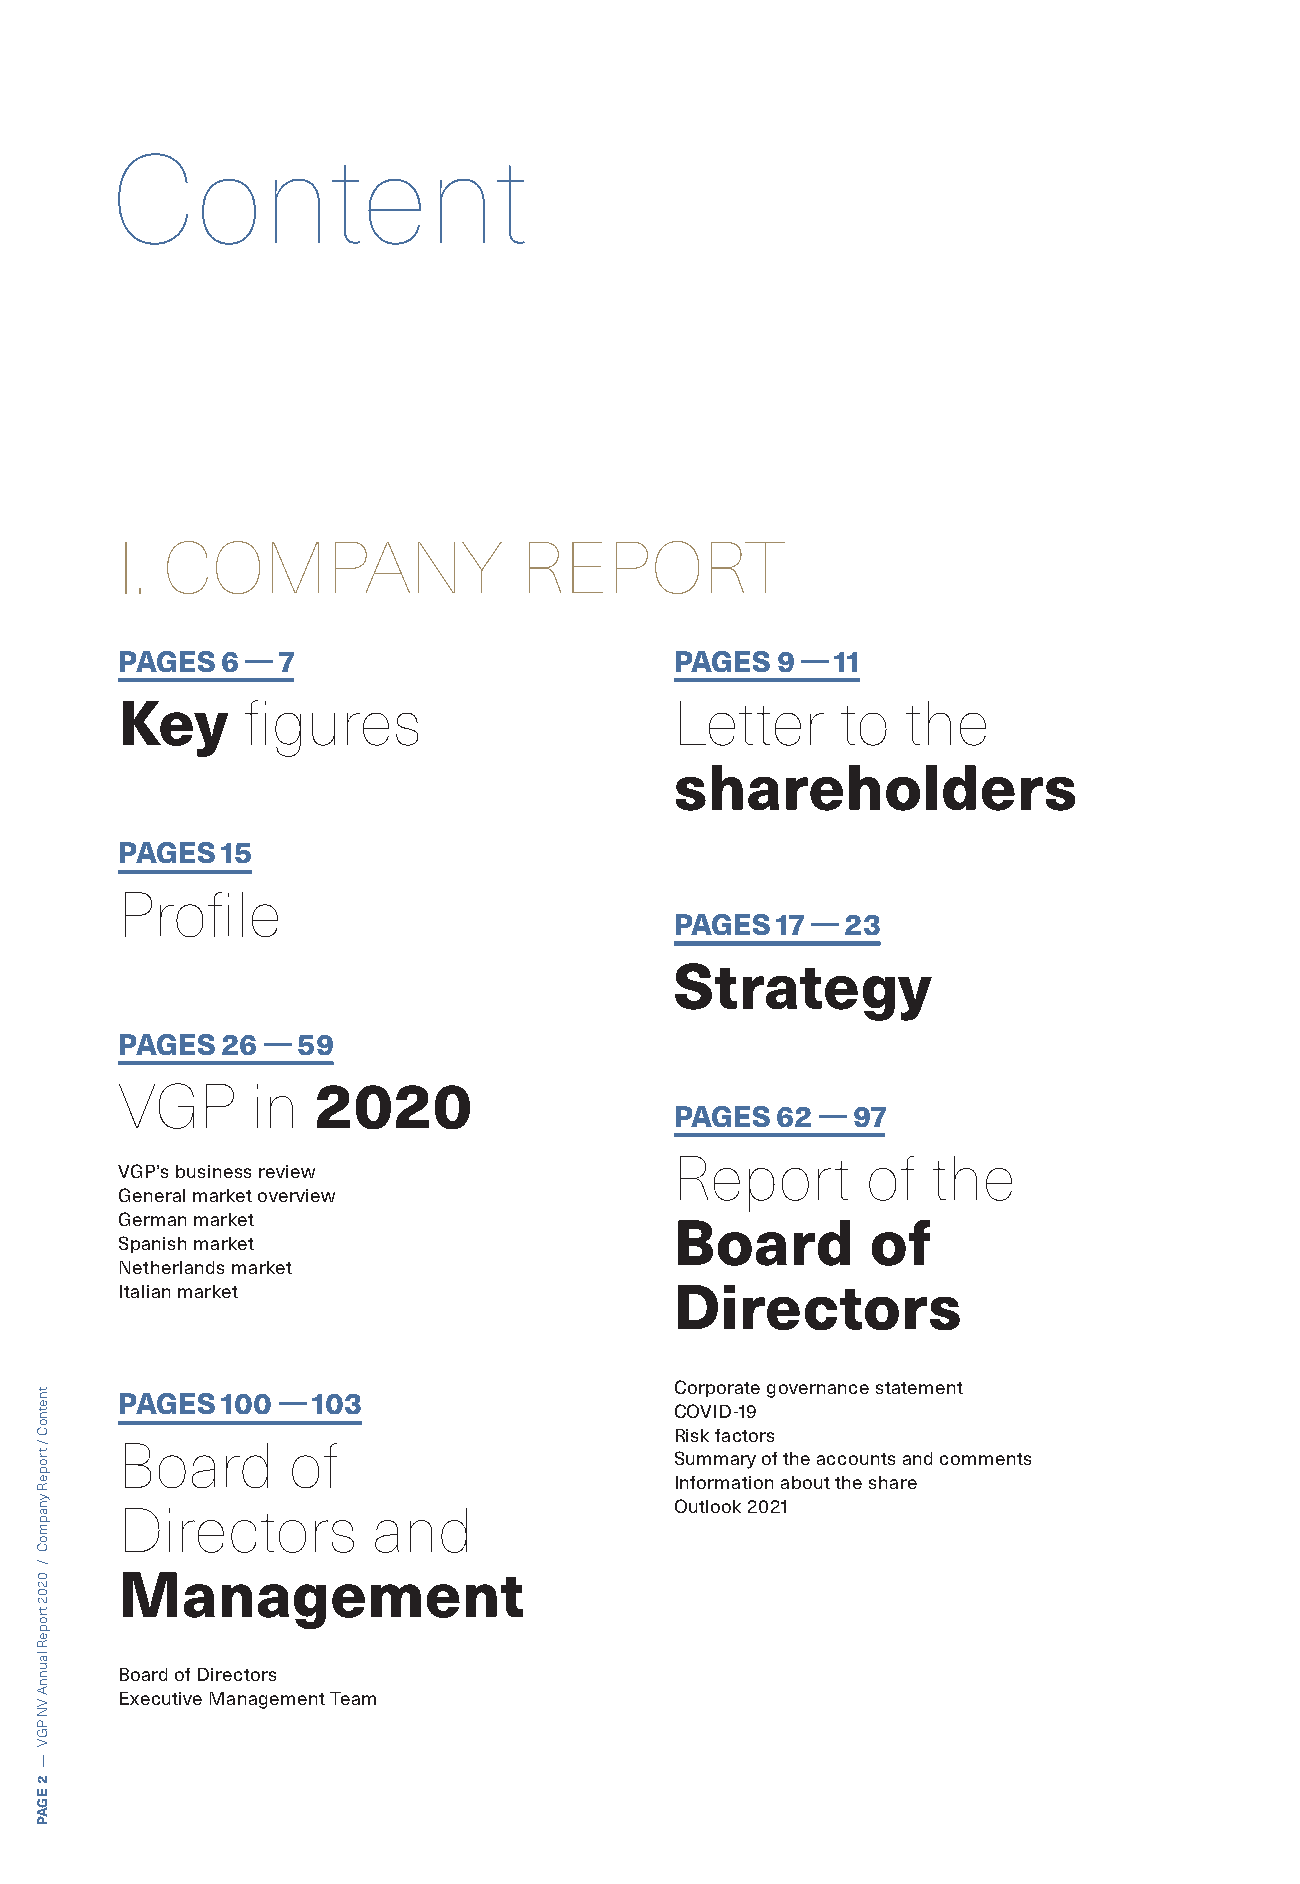
Content
 I. COMPANY                REPORT
 PAGES  6 — 7                         PAGES 9 — 11
 Key     fi gures                     Letter     to  the
 shareholders
 PAGES  15
 Profi   le
 PAGES 17 — 23
 Strategy
 PAGES  26 — 59
 VGP      in  2020
 PAGES 62 — 97
 Report      of   the
 VGP’s business review
 General market overview
 German market                        Board        of
 Spanish market
 Netherlands market
 Italian market                       Directors
 Corporate governance statement
 PAGES  100 — 103
 COVID-19
 Risk factors
 Board      of
 Summary of the accounts and comments
 Information about the share
 Directors        and                 Outlook 2021
 Management
 Board of Directors
 Executive Management Team
 tnetnoC
 /
 tropeR
 ynapmoC
 /
 0202
 tropeR
 launnA
 VN
 PGV
 —
 2
 EGAP